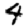
Digit: 4